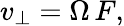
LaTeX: v_{\perp}=\Omega\, F,